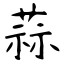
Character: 蒜